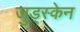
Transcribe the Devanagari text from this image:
जुड्स्केन